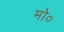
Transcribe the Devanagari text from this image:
मो०